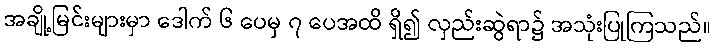
အချို့မြင်းများမှာ ဒေါက် ၆ ပေမှ ၇ ပေအထိ ရှိ၍ လှည်းဆွဲရာ၌ အသုံးပြုကြသည်။